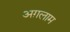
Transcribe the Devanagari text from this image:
अग़लाम